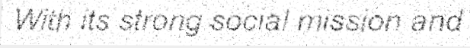
With its strong social mission and